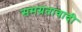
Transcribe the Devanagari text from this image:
समग्रतावादी